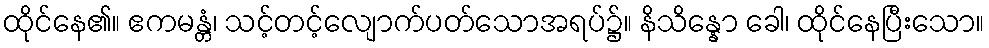
ထိုင်နေ၏။ ဧကမန္တံ၊ သင့်တင့်လျောက်ပတ်သောအရပ်၌။ နိသိန္နော ခေါ၊ ထိုင်နေပြီးသော။